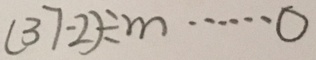
( 3 7 - 2 ) \div m \cdots 0